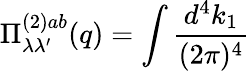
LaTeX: \Pi_{\lambda\lambda^{\prime}}^{(2)ab}(q)=\int\frac{d^{4}k_{1}}{(2\pi)^{4}}